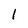
Character: l